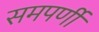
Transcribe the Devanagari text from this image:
समपर्णी